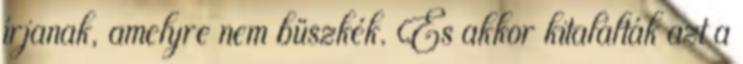
írjanak, amelyre nem büszkék. És akkor kitalálták azt a